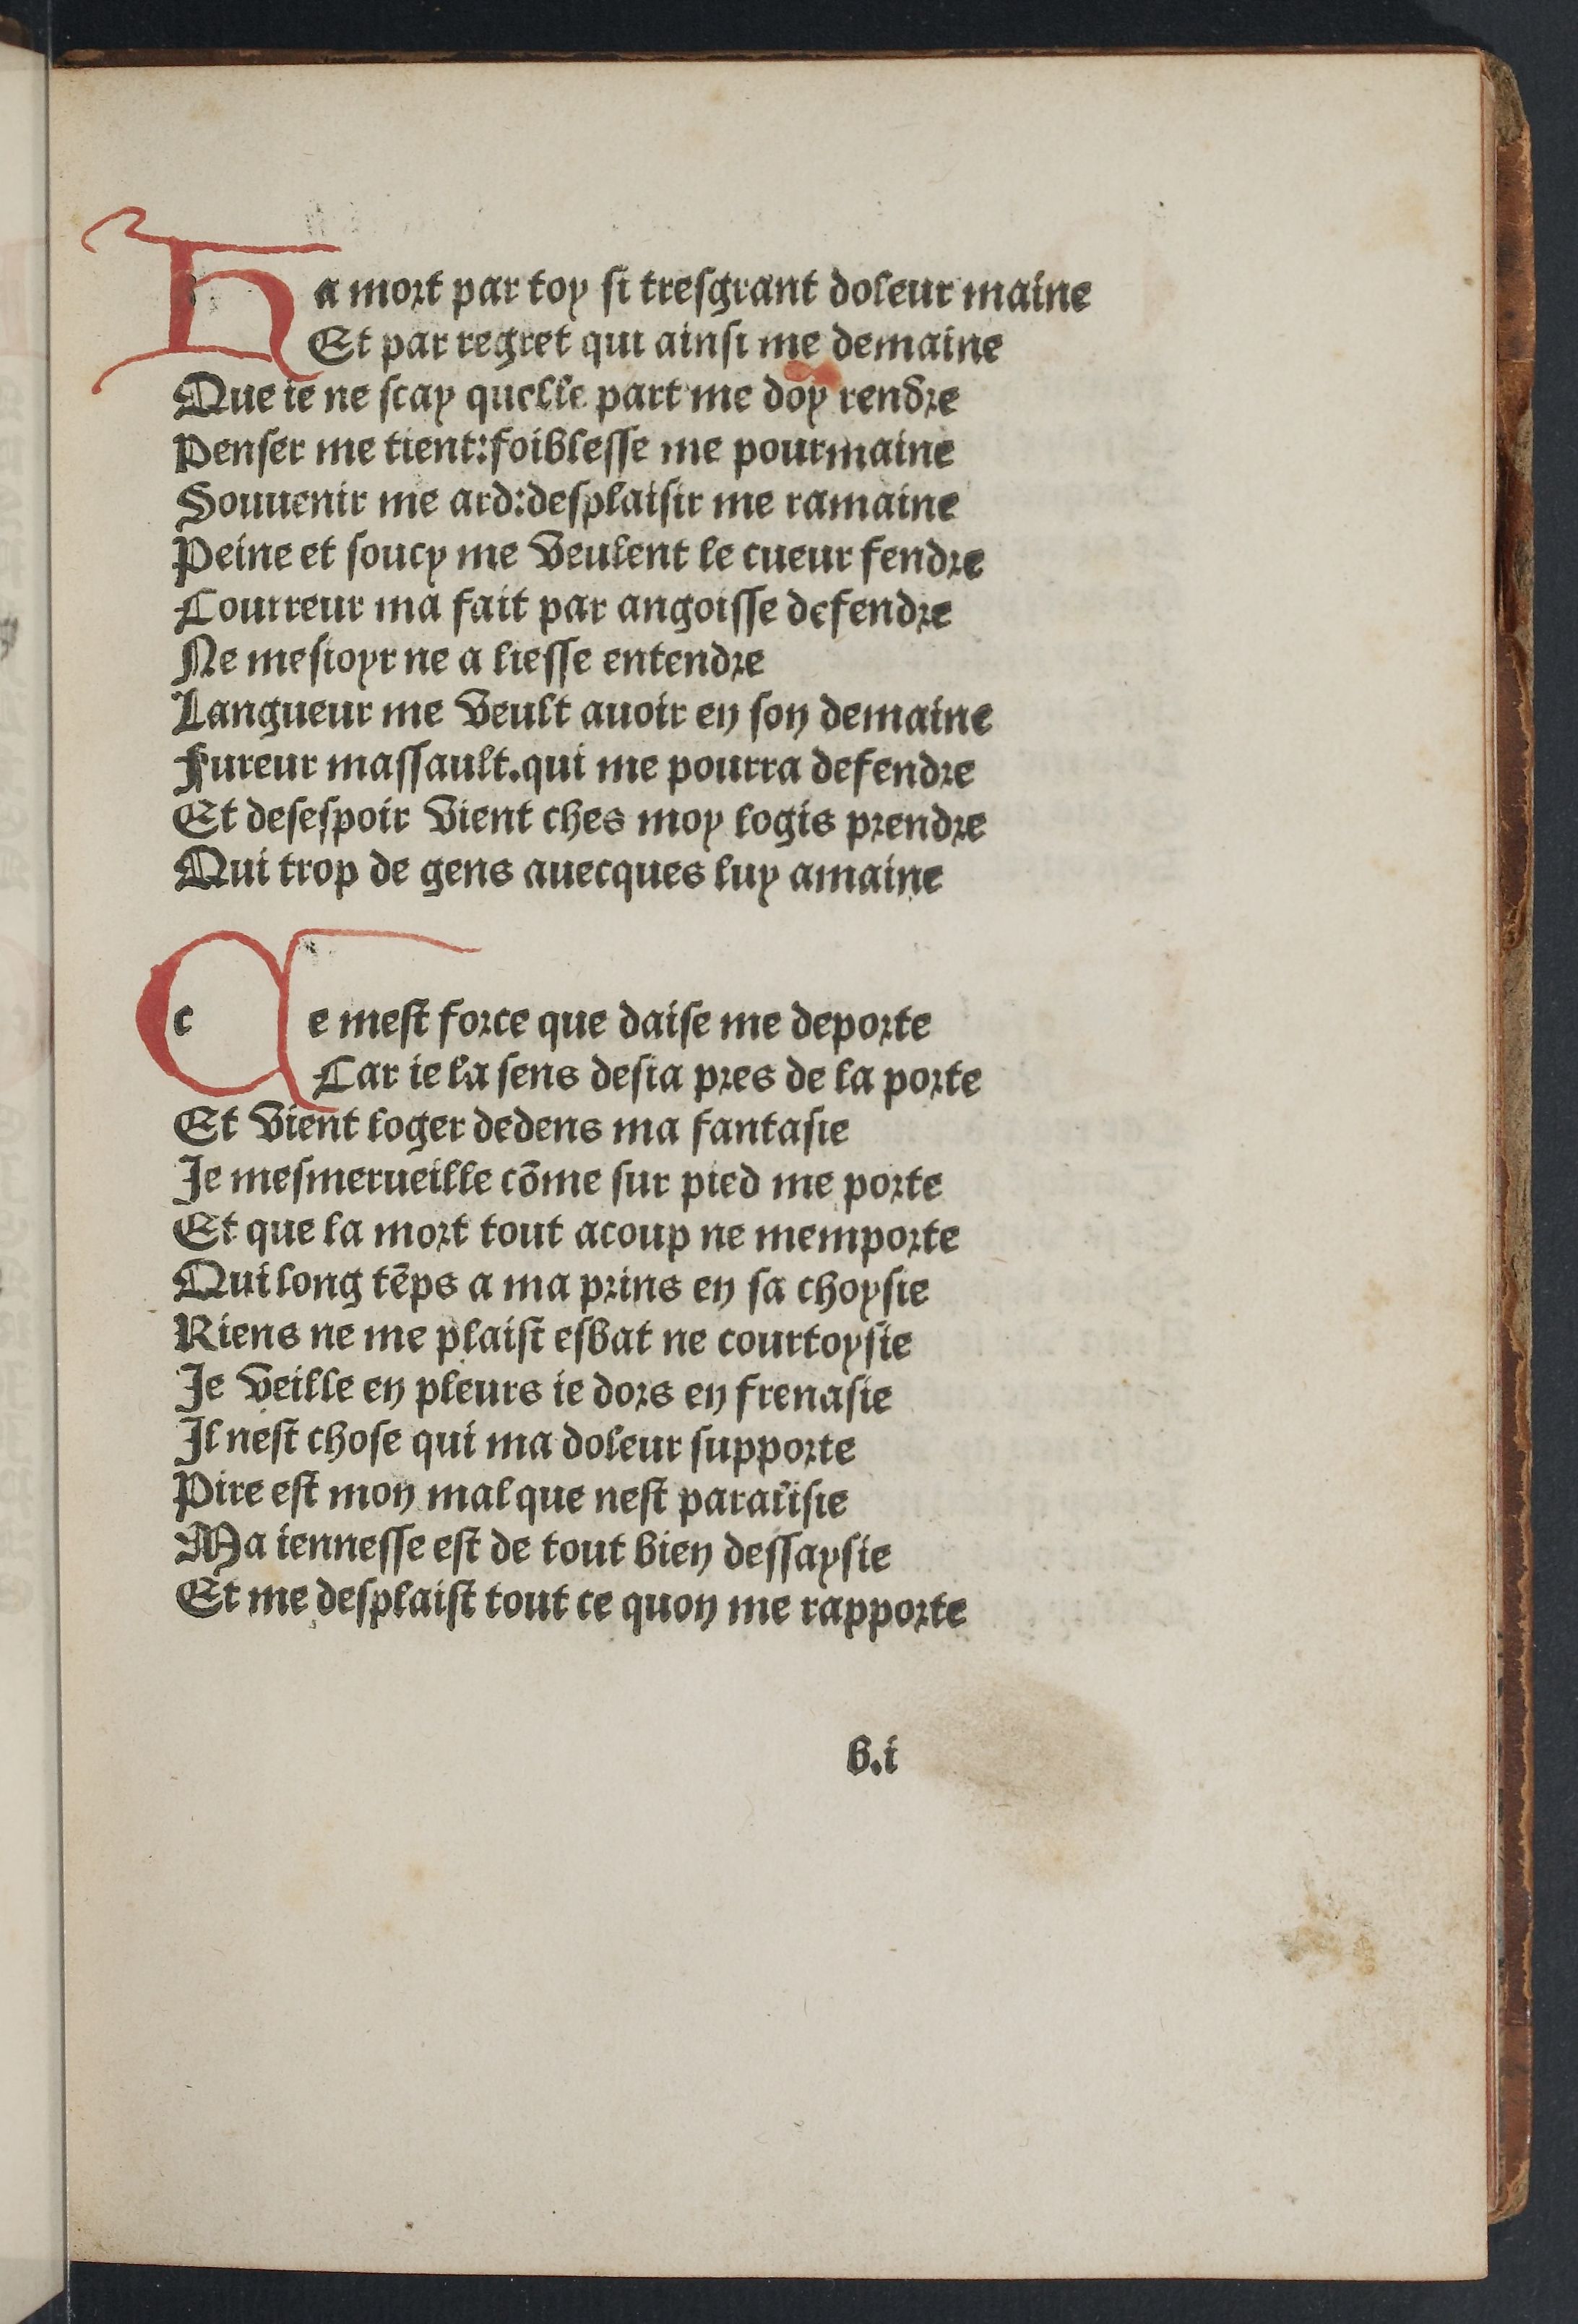
Shelfmark: Paris, BnF, Rés. YE-281
Century: 15